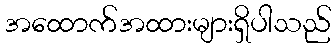
အထောက်အထားများရှိပါသည်